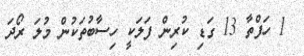
1 ހަފްތާ 13 ގަޑި ކުރިން ފަލަކީ ހިސާބުތަކުން މުލަ ރޯދަ